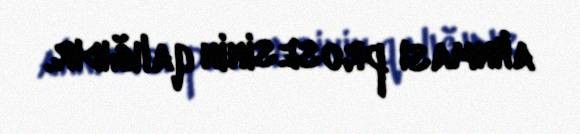
alınması prosesinin qalığıdır.